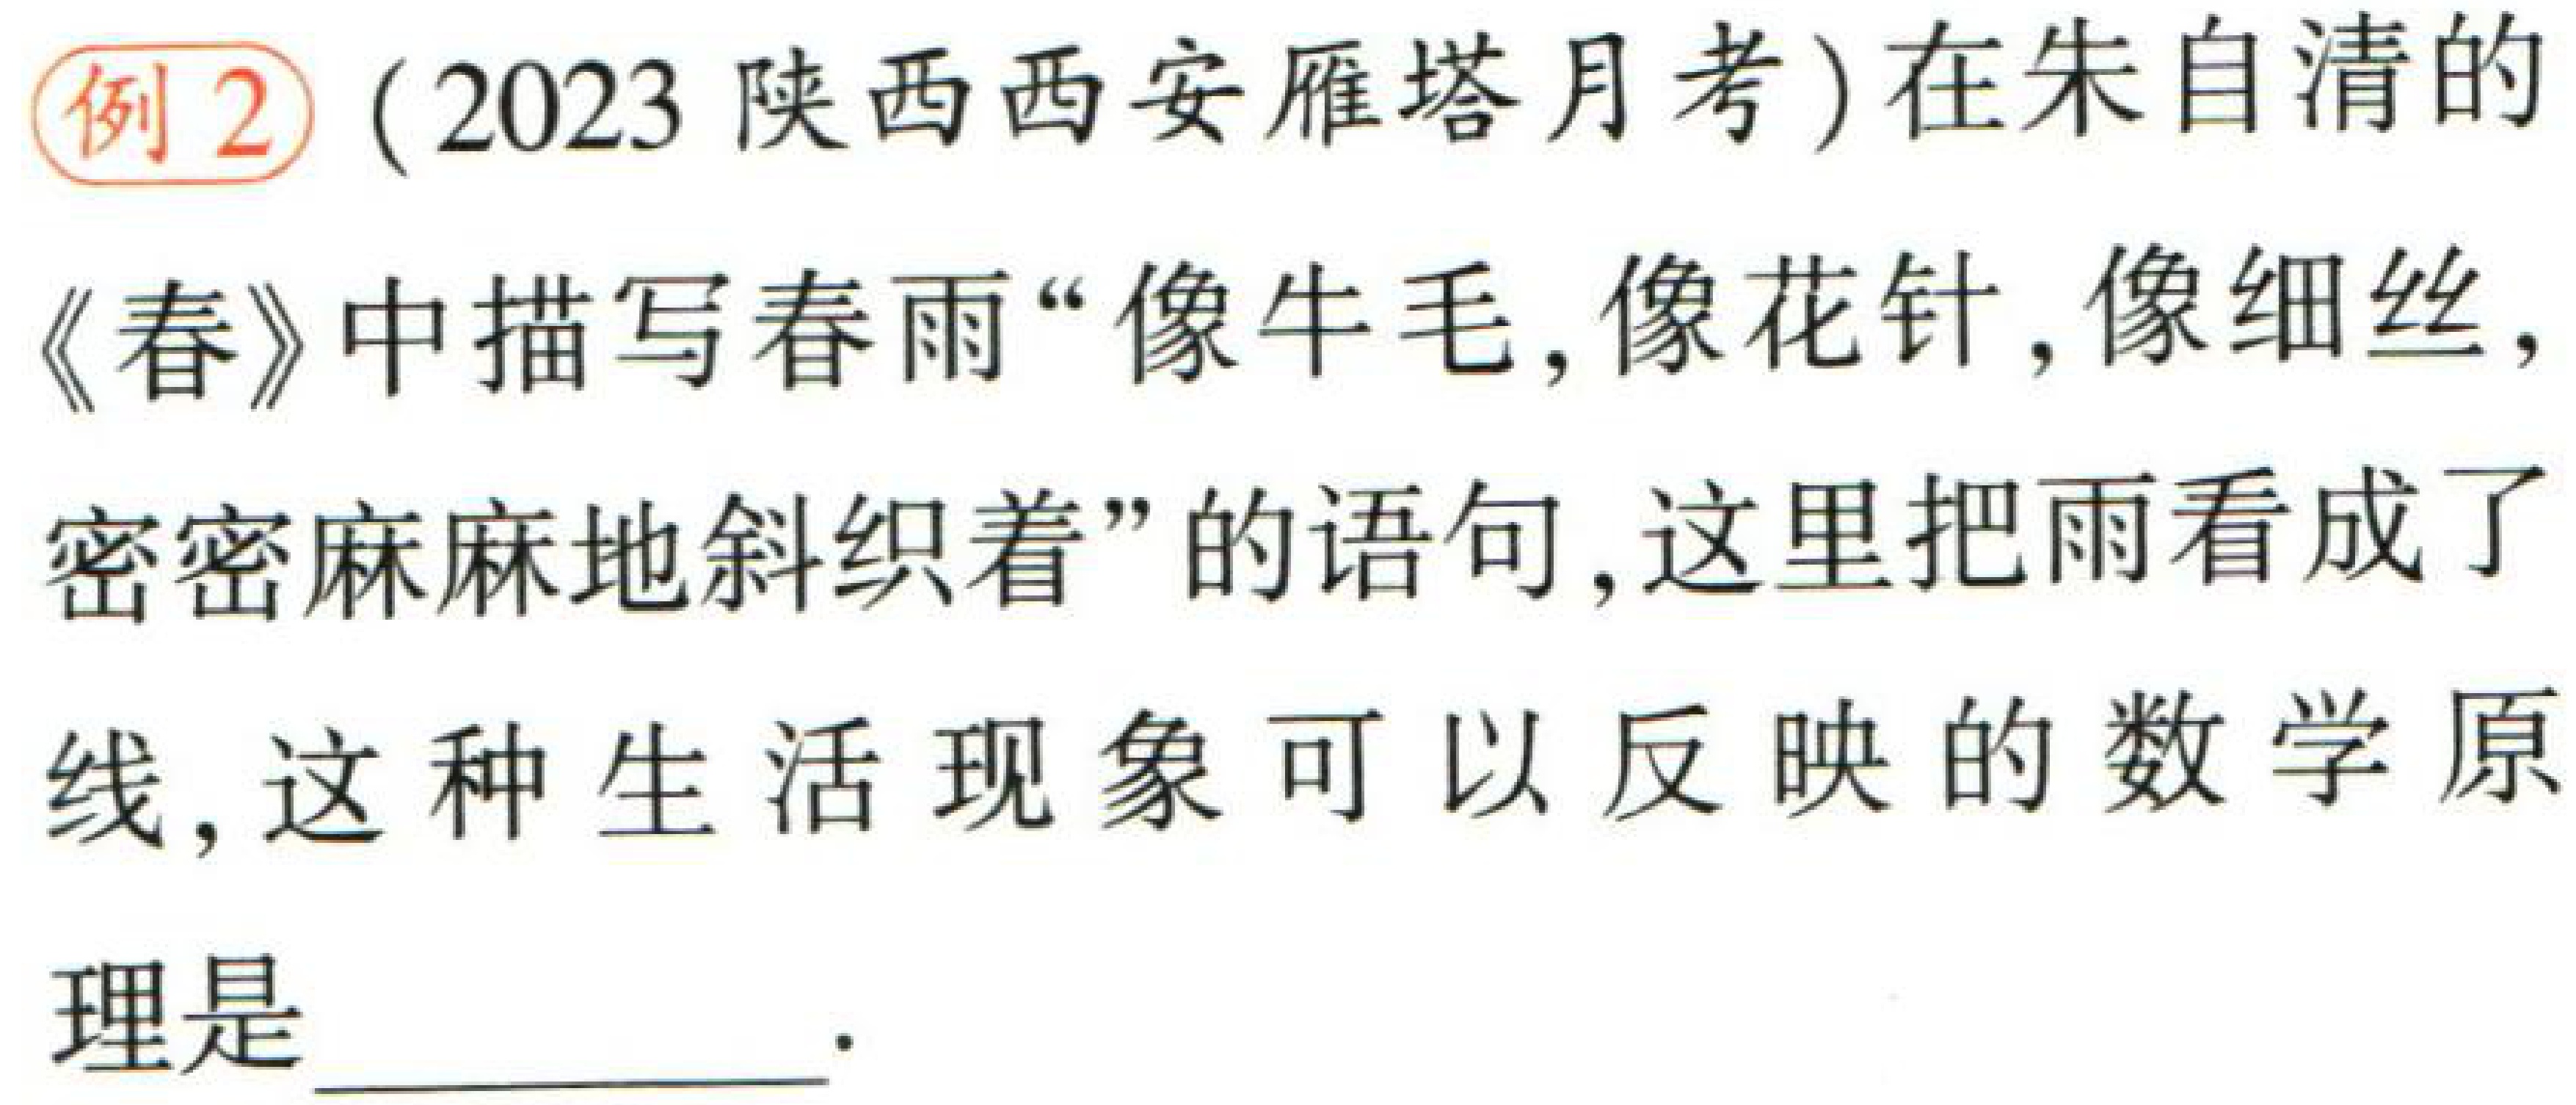
(2023陕西西安雁塔月考)在朱自清的《春》中描写春雨“像牛毛,像花针,像细丝,密密麻麻地斜织着”的语句,这里把雨看成了线,这种生活现象可以反映的数学原理是  .